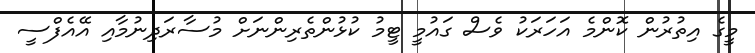
މީގެ އިތުރުން ކޮންމެ އަހަރަކު ވެސް ގައުމީ ޓީމު ކުޅުންތެރިންނަށް މުސާރަދިނުމާއި އޭއެފްސީ